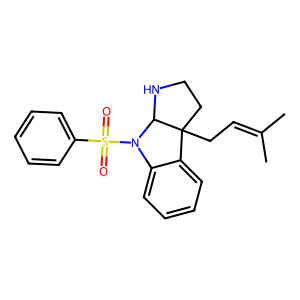
SMILES: CC(C)=CCC12CCNC1N(S(=O)(=O)c1ccccc1)c1ccccc12
Inhibits HIV replication: No